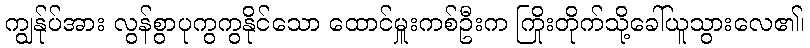
ကျွန်ုပ်အား လွန်စွာပုကွကွနိုင်သော ထောင်မှူးကစ်ဦးက ကြိုးတိုက်သို့ခေါ်ယူသွားလေ၏၊